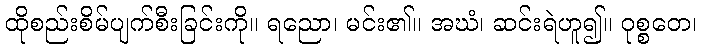
ထိုစည်းစိမ်ပျက်စီးခြင်းကို။ ရညော၊ မင်း၏။ အဃံ၊ ဆင်းရဲဟူ၍။ ဝုစ္စတေ၊